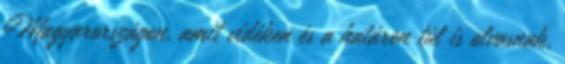
Magyarországon, amit vidéken és a határon túl is olvasnak,